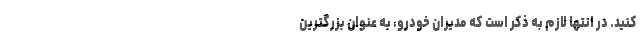
کنید. در انتها لازم به ذکر است که مدیران خودرو، به عنوان بزرگترین